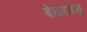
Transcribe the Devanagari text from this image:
बेनमजम्बु